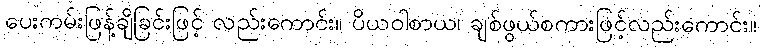
ပေးကမ်းဖြန့်ချိခြင်းဖြင့် လည်းကောင်း။ ပိယဝါစာယ၊ ချစ်ဖွယ်စကားဖြင့်လည်းကောင်း။